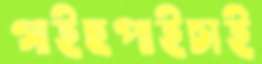
গাইছপাইচাই